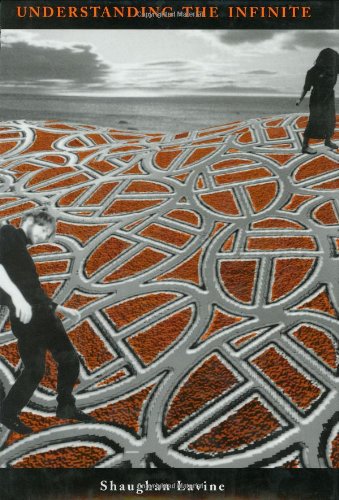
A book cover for Understanding the Infinite; Shaughan Lavine; Science & Math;